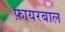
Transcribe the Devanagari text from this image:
फ़ायरबाल